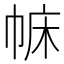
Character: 𢃅